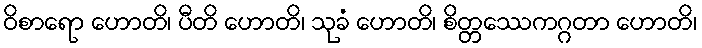
ဝိစာရော ဟောတိ၊ ပီတိ ဟောတိ၊ သုခံ ဟောတိ၊ စိတ္တဿေကဂ္ဂတာ ဟောတိ၊